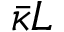
\bar { \kappa } L